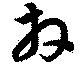
拜